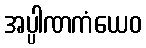
အပ္ပါဏကံယေဝ